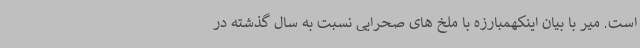
است. میر با بیان اینکهمبارزه با ملخ های صحرایی نسبت به سال گذشته در